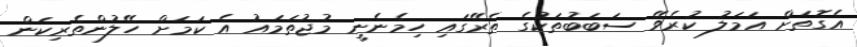
އެގޮތަށް އަމަލު ކުރެވޭ ސަބަބުތަކުގެ ތެރޭގައި ހިމެނެނީ މުޖުތަމައު އެ ކަމަށް ހޭލުންތެރިކަން